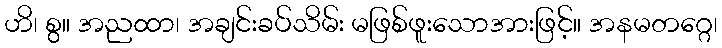
ဟိ၊ စွ။ အညထာ၊ အချင်းခပ်သိမ်း မဖြစ်ဖူးသောအားဖြင့်။ အနမတဂ္ဂေ၊